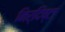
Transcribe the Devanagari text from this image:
निर्दिष्टा